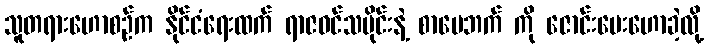
သူတရားဟောစဉ်က နိုင်ငံရေးထက် ရာဇဝင်သမိုင်းနဲ့ စာပေဘက် ကို ဇောင်းပေးဟောခဲ့လို့